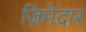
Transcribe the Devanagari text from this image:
ज़िमेदार